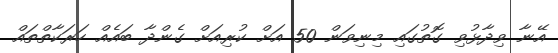
އޭނާ ވިދާޅުވި ގޮތުގައި މިނިވަން 50 އަށް ކުރިއަށް ގެންދާ ބައެއް ހަރަކާތްތައް